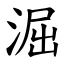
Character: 淈